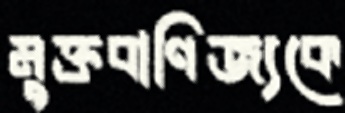
মুক্তবাণিজ্যকে